Serum-therapy of plague in India - Number 20
Disease focus: Plague
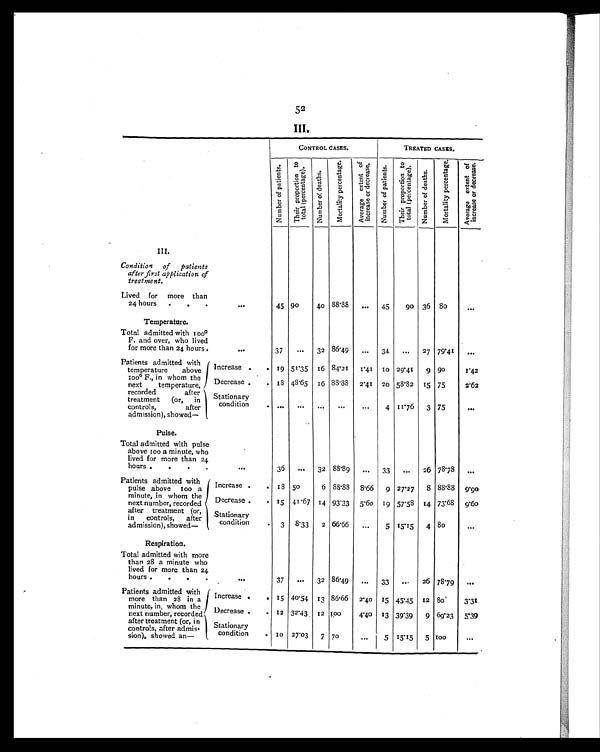
52
I I I .
CONTROL CASES.
TREATED CASES.
N u m b e r o f p a t i e n t s .
T h e i r p r o p o r t i o n t o
t o t a l ( p e r c e n t a g e ) .
N u m b e r o f d e a t h s .
M o r t a l i t y p e r c e n t a g e .
A v e r a g e e x t e n t o f
i n c r e a s e o r d e c r e a s e .
N u m b e r o f p a t i e n t s . T h e i r p r o p o r t i o n t o
t o t a l ( p e r c e n t a g e ) .
N u m b e r o f d e a t h s .
M o r t a l i t y p e r c e n t a g e . A v e r a g e e x t e n t o f
i n c r e a s e o r d e c r e a s e .
III.
Condition of patients
after first application of
treatment.
Lived for more than
24 hours . . .
. . .
45 90
40 88.88
. . . 45
90 36
8 0
. . .
Temperature.
Total admitted with 100°F
. and over, who lived
for more than 24 hours.
. . .
37
... 32 86.49 ... 34 ... 27 79.41 ...
Patients admitted with
temperature above
1 0 0° F . , i n w h o m t h e
next temperature,
recorded after
treatment (or, in
controls, after
admission), showed—
Increase .
. 19 51.35 16 84.21 1.41 10 29.41 9 90
1.42
Decrease
. 18 48.65 16 88.88 2.41 20 58.32 15 75
2.62
Stationary
condition
. . .
...
. . .
...
. . .
4 11.76 3 75
. . .
Pulse.
Total admitted with pulse
above 100 a minute, who
lived for more than 24
hours
.
.
. . .
36 ... 32 88.89 ... 33 ... 26 78.78 ...
Patients admitted with
pulse above 100 a
minute, in whom the
next number, recorded
after treatment (or,
in controls, after
admission), showed—
Increase .
. 18 50
6 88.88 8.66 9 27.27 8 88.88 9.90
Decrease
. 1 5 41.67 14 93.33 5.60 19 57.58 14 73.68 9.60
Stationary
condition
. 3 8.33 2 66.66 ...
5 15.15 4 8 0
...
Respiration.
Total admitted with more
than 28 a minute who
lived for more than 24
hours
.
.
.
. . .
37 ... 32 86.49 ... 33 ... 26 78.79 ...
Patients admitted with
more than 28 in a
minute, in, whom the
next number, recorded
after treatment (or, in
controls,after admis-
sion), showed an—
Increase .
. 15 40.54 13 86.66 2.40 15 45.45 12 80
3.31
Decrease
. 12 32.43 12 100
4.40 13 39.39 9 69.23
5.39
Stationary
condition
.
1 0 27.03 7 70
. . .
15.15 5 100
. . .